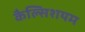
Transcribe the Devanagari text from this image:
कैल्सिशयम